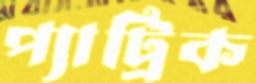
প্যাট্রিক